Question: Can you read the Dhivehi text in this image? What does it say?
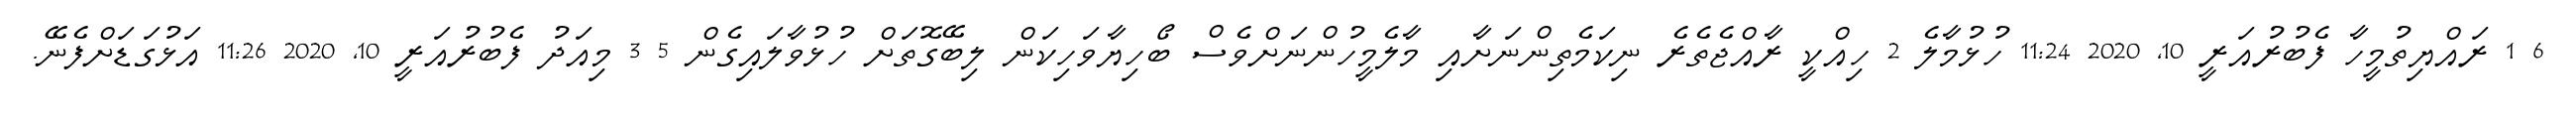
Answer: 6 1 ރައްޔިތުމީހާ ފެބުރުއަރީ 10, 2020 11:24 ހުޅުމާލެ 2 ހިއްކީ ރާއްޖެތެރެ ނިކަމެތިންނަށާއި މާލެމީހުންނަށްވެސް ބޯހިޔާވަހިކަން ލިބޭގޮތަށް ހުޅުވާލައިގެން 5 3 މިއަދު ފެބުރުއަރީ 10, 2020 11:26 އަޅުގަޑަށްފެނޭ.